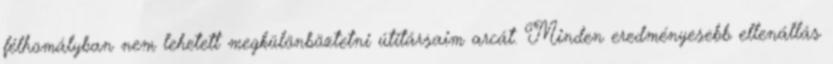
félhomályban nem lehetett megkülönböztetni útitársaim arcát. Minden eredményesebb ellenállás